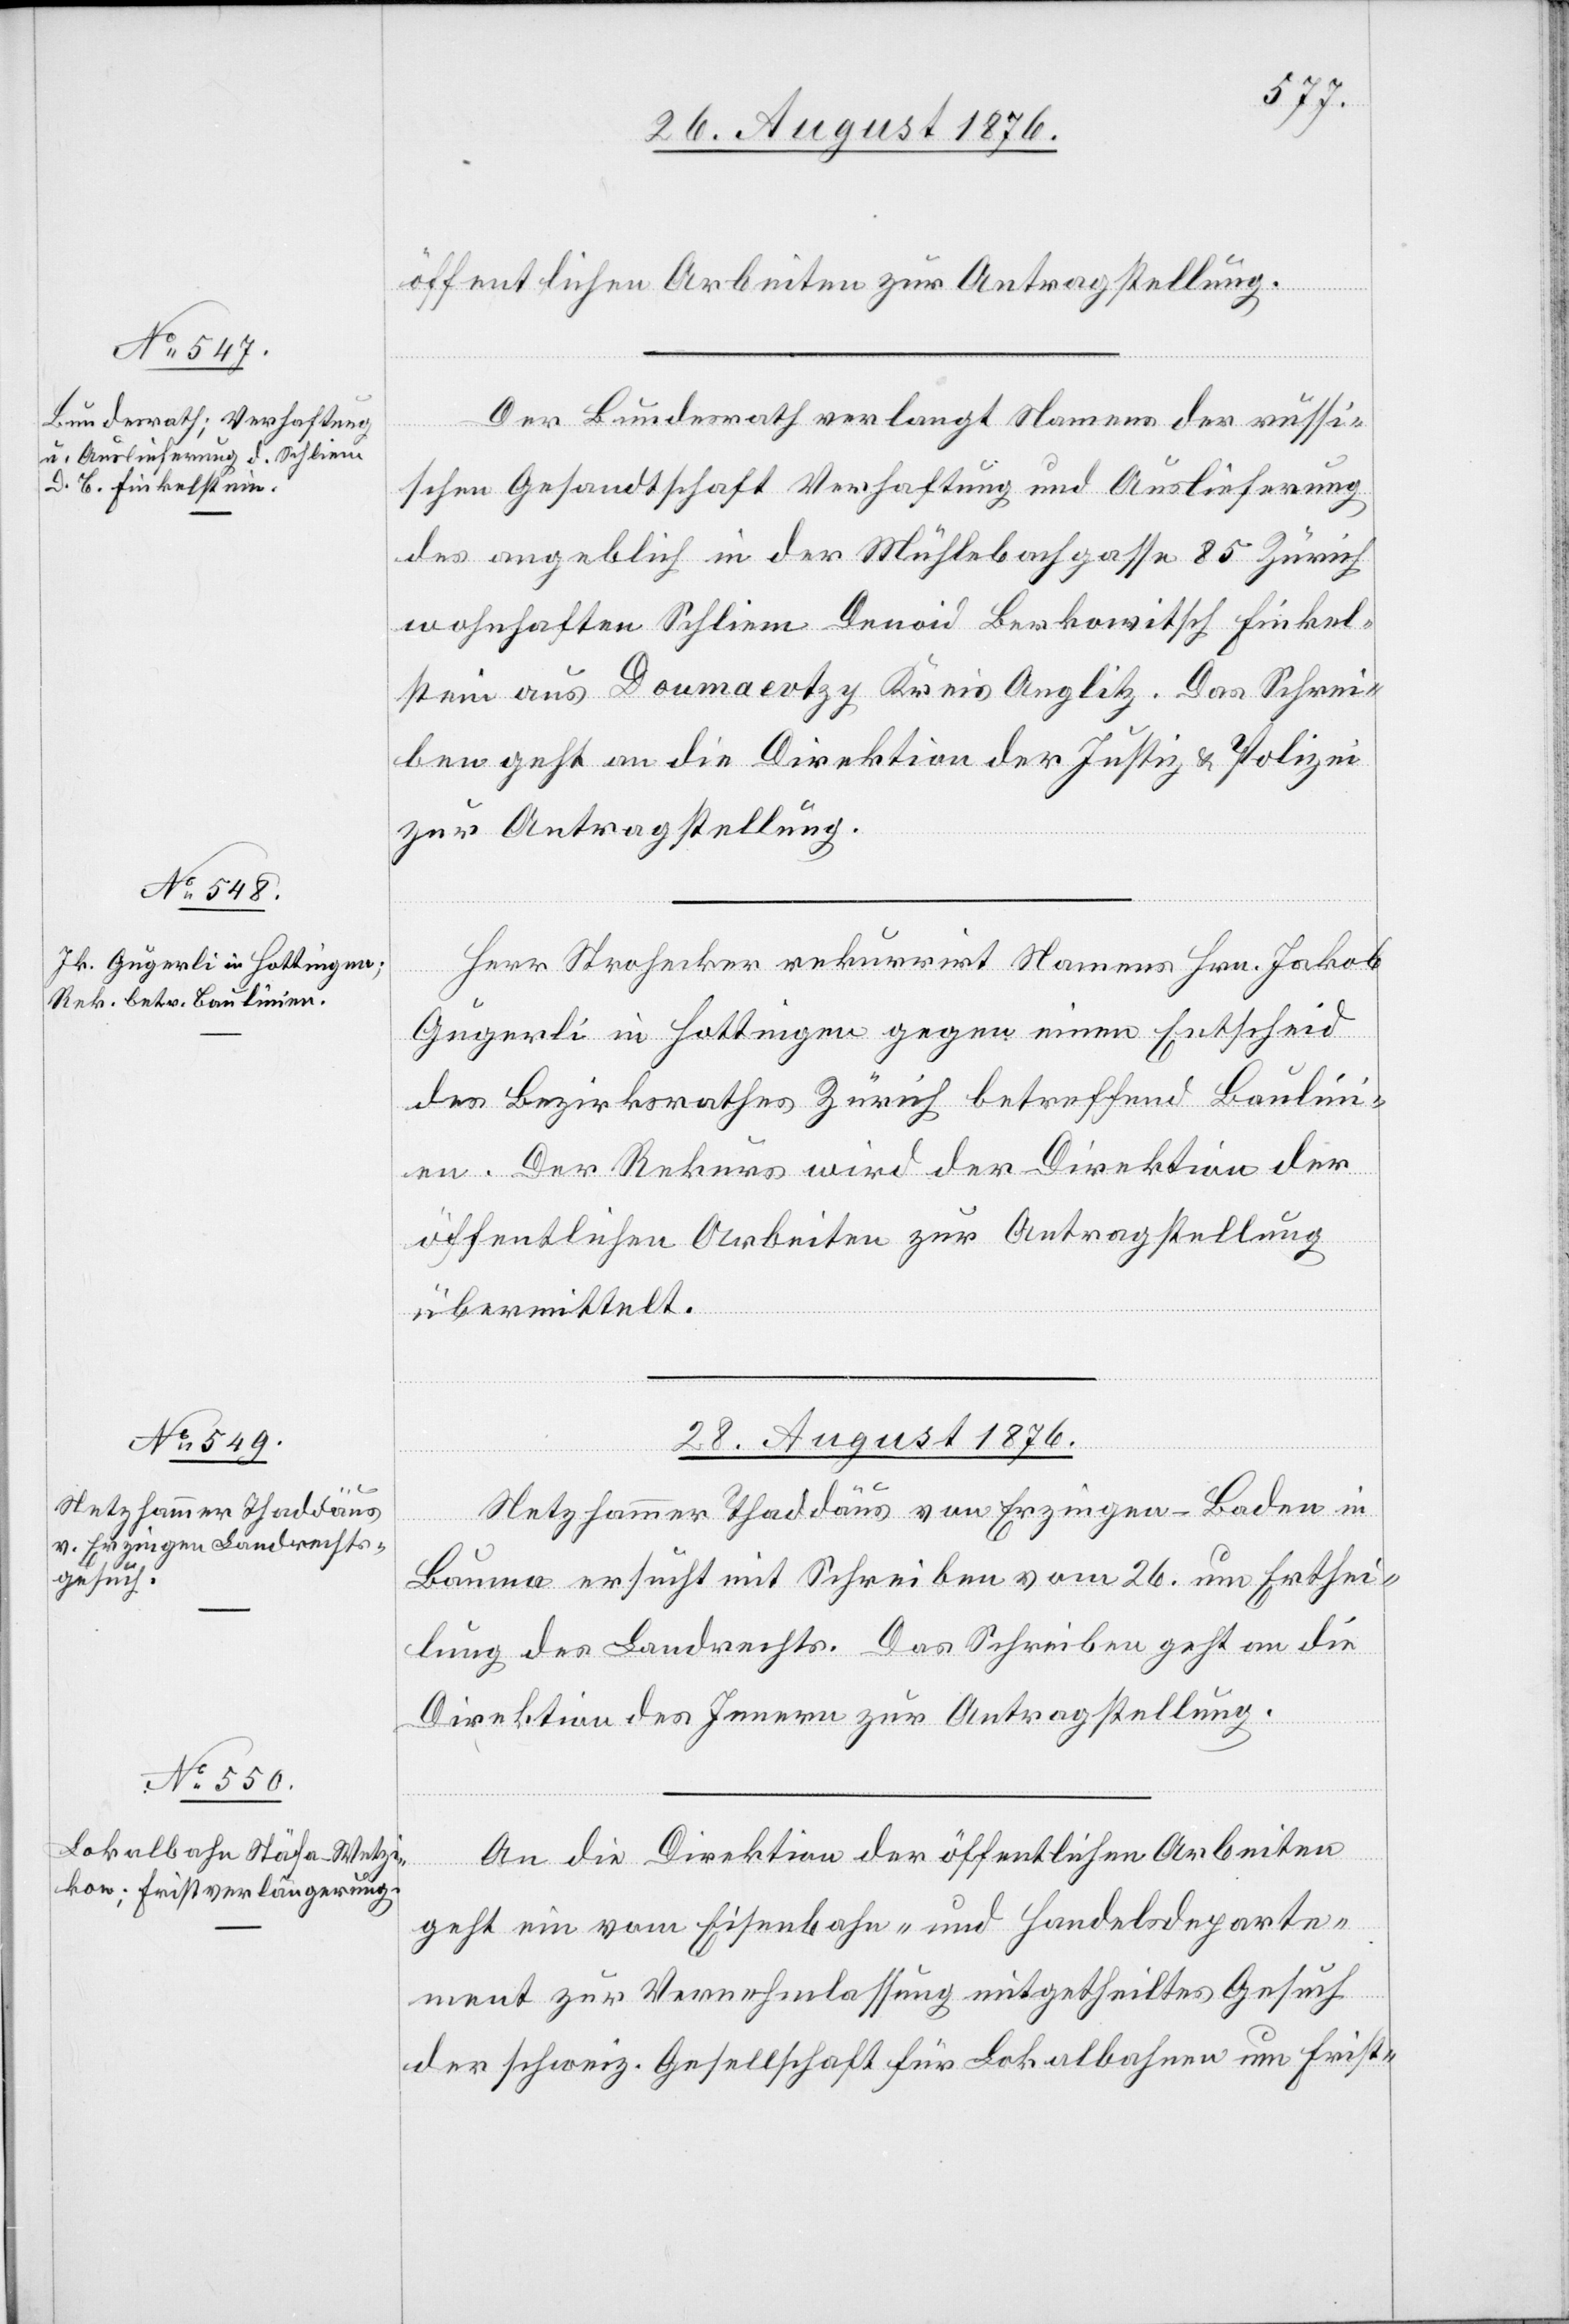
departe¬
26. August 1876.]
öffentlichen Arbeiten zur Antragstellung.
Der Bundesrath verlangt Namens der russi¬
schen Gesandtschaft Verhaftung und Auslieferung
des angeblich in der Mühlebachgasse 85 Zürich
wohnhaften Schliem Denoid Berkowitsch Finkel¬
stein aus Doumaevtzy Kreis Auglitz. Das Schrei¬
ben geht an die Direktion der Justiz & Polizei
zur Antragstellung.
Herr Strohecker rekurrirt Namens Hrn. Jakob
Gugerli in Hottingen gegen einen Entscheid
des Bezirksrathes Zürich betreffend Baulin¬
ien. Der Rekurs wird der Direktion der
öffentlichen Arbeiten zur Antragstellung
übermittelt.
28. August 1876.]
Netzhammer Thaddäus von Erzingen - Baden[,] in
Bauma ersucht mit Schreiben vom 26. um Erthei¬
lung des Landrechts. Das Schreiben geht an die
Direktion des Innern zur Antragstellung.
An die Direktion der öffentlichen Arbeiten
ment zur Vernehmlassung eingetheiltes Gesuch
der schweiz. Gesellschaft für Lokalbahnen um Frist-